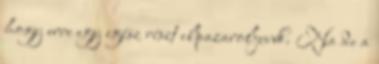
hogy erre egy egész részt elpazaroljunk. Na de a